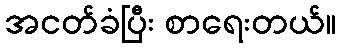
အငတ်ခံပြီး စာရေးတယ်။